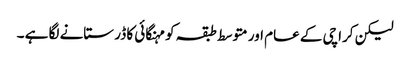
لیکن کراچی کے عام اور متوسط طبقہ کو مہنگائی کا ڈر ستانے لگا ہے ۔